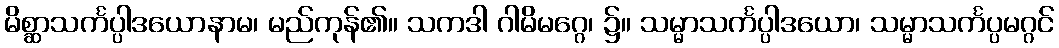
မိစ္ဆာသင်္ကပ္ပါဒယောနာမ၊ မည်ကုန်၏။ သကဒါ ဂါမိမဂ္ဂေ၊ ၌။ သမ္မာသင်္ကပ္ပါဒယော၊ သမ္မာသင်္ကပ္ပမဂ္ဂင်